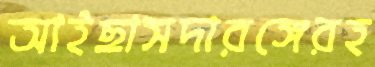
আইছাসদারঙ্গেরহ